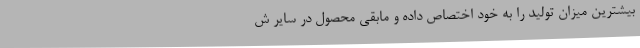
بیشترین میزان تولید را به خود اختصاص داده و مابقی محصول در سایر ش